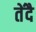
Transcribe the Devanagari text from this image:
तेंदै